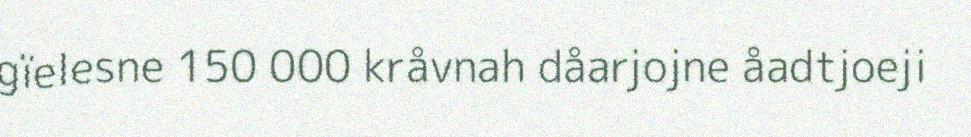
gïelesne 150 000 kråvnah dåarjojne åadtjoeji